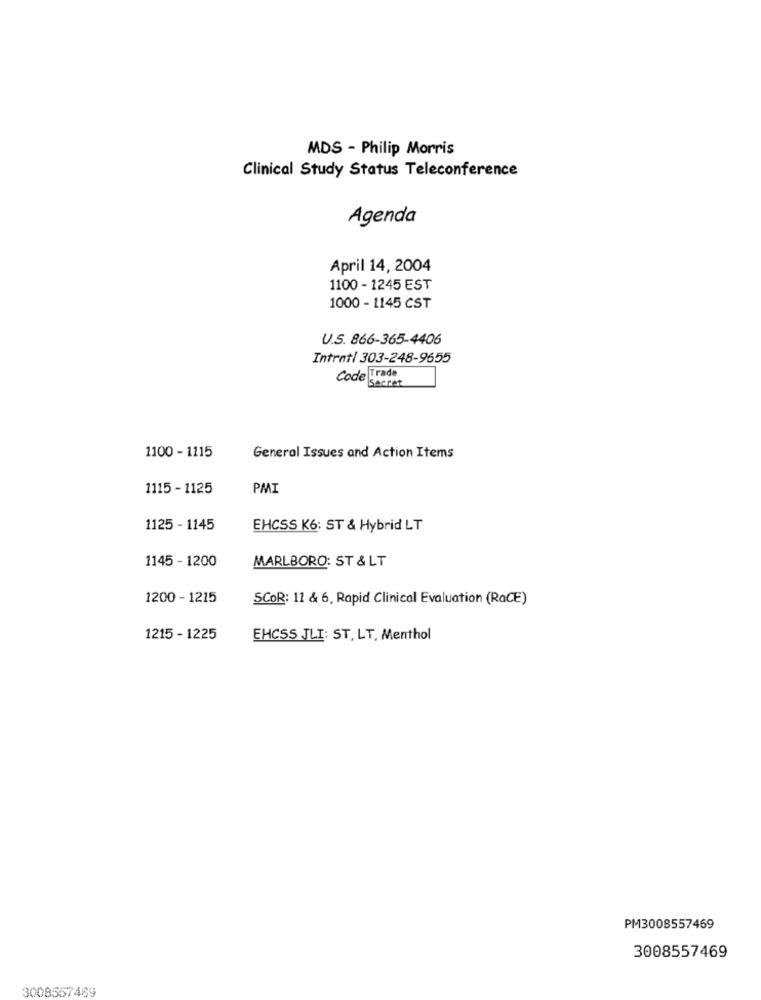
MDS - Philip Morris
Clinical Study Status Teleconference
Agenda
April 14, 2004
1100 - 1245 EST
1000 - 1145 CST
U.S. 866-365-4406
Intrat| 303-248-9655
Code Trade
Secret
1100 - 1115
General Issues and Action Items
1115 - 1125
PMI
1125 - 1145
EHCSS K6: ST & Hybrid LT
1145 - 1200
MARLBORO: ST & LT
1200 - 1215
SCOR: 11 & 6, Rapid Clinical Evaluation (RaCE)
1215 - 1225
EHCSS JLI: ST, LT, Menthol
PM3008557469
3008557469
3008557469